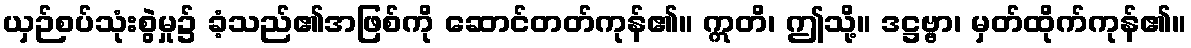
ယှဉ်စပ်သုံးစွဲမှု၌ ခံ့သည်၏အဖြစ်ကို ဆောင်တတ်ကုန်၏။ ဣတိ၊ ဤသို့။ ဒဋ္ဌဗ္ဗာ၊ မှတ်ထိုက်ကုန်၏။